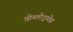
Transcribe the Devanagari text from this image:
त्रोग्लोद्य्तेस